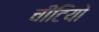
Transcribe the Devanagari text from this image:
चींटियो